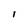
Character: l